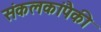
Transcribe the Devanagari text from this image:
संकलकांपैकी